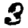
Digit: 3